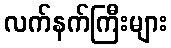
လက်နက်ကြီးများ